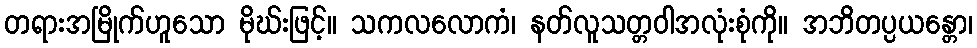
တရားအမြိုက်ဟူသော မိုဃ်းဖြင့်။ သကလလောကံ၊ နတ်လူသတ္တဝါအလုံးစုံကို။ အဘိတပ္ပယန္တော၊